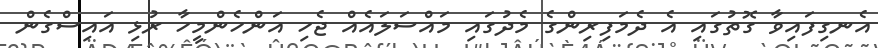
އެނގިފައިވާ ގޮތުގައި އެ ދެމަފިރިންގެ މެދުގައި މައްސަލައެއް ޖެހި އަންހެންމީހާ ރުޅި އައިސްގެން